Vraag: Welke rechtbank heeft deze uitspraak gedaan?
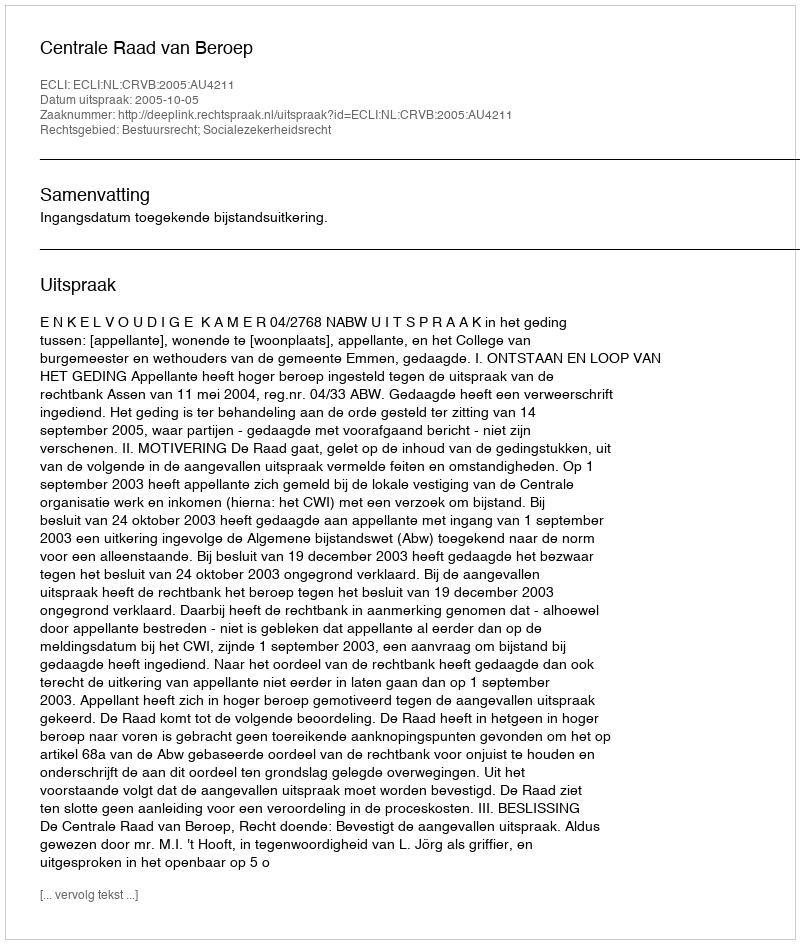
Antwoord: Centrale Raad van Beroep